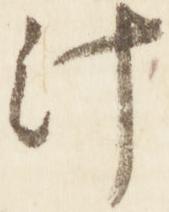
汁